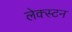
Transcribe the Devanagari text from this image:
लेक्स्टन